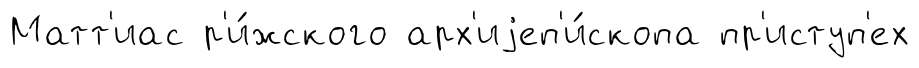
Матт'иас р'и́жского арх'иjеп'и́скопа пр'иступ'ех